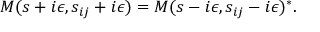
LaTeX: M ( s + i \epsilon , s _ { i j } + i \epsilon ) = M ( s - i \epsilon , s _ { i j } - i \epsilon ) ^ { * } .